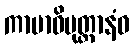
ကာမာဓိမုတ္တာနံဝ